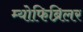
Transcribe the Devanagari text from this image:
म्योफिब्रिलर